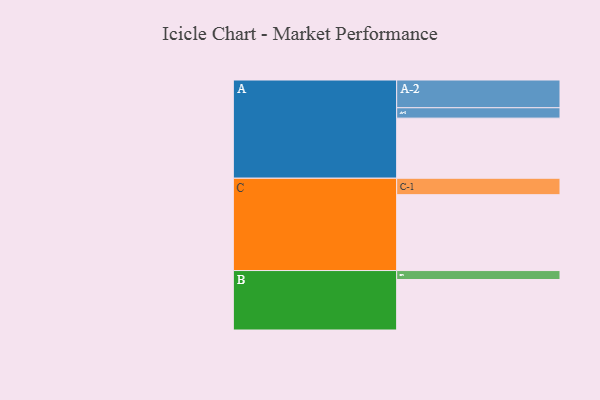
{"axis": {"x": "Segment", "y": "Value"}, "legend": ["", "A", "B", "C"], "data": [{"x": "A", "y": 457, "type": ""}, {"x": "B", "y": 384, "type": ""}, {"x": "C", "y": 577, "type": ""}, {"x": "A-1", "y": 79, "type": "A"}, {"x": "A-2", "y": 211, "type": "A"}, {"x": "B-1", "y": 68, "type": "B"}, {"x": "C-1", "y": 125, "type": "C"}]}